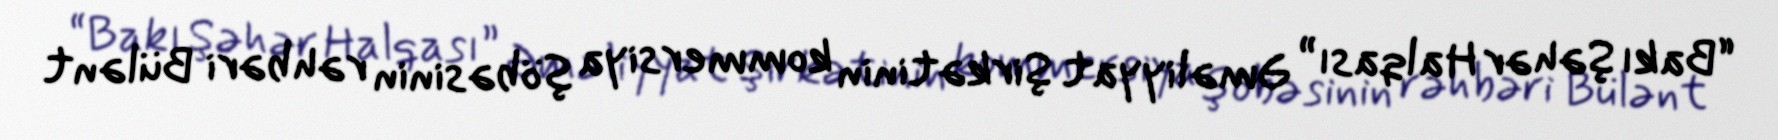
“Bakı Şəhər Halqası” Əməliyyat Şirkətinin kommersiya şöbəsinin rəhbəri Bülənt